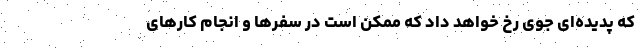
که پدیده‌ای جوی رخ خواهد داد که ممکن است در سفرها و انجام کارهای